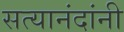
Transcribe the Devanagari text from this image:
सत्यानंदांनी